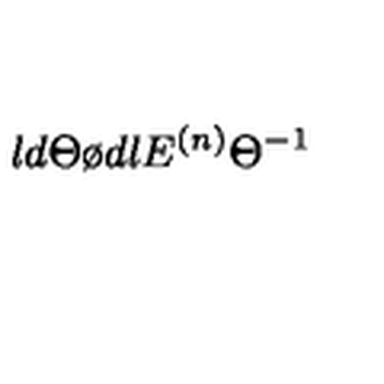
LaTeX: \l { d \Theta \o d \l } E ^ { ( n ) } { \Theta } ^ { - 1 }